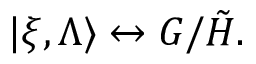
| \xi , \Lambda \rangle \leftrightarrow G / \tilde { H } .